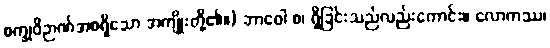
စက္ခုဝိဉာဏ်အစရှိသော အကျိုးတို့၏။) ဘာဝေါ စ၊ ရှိခြင်းသည်လည်းကောင်း။ လောကဿ၊